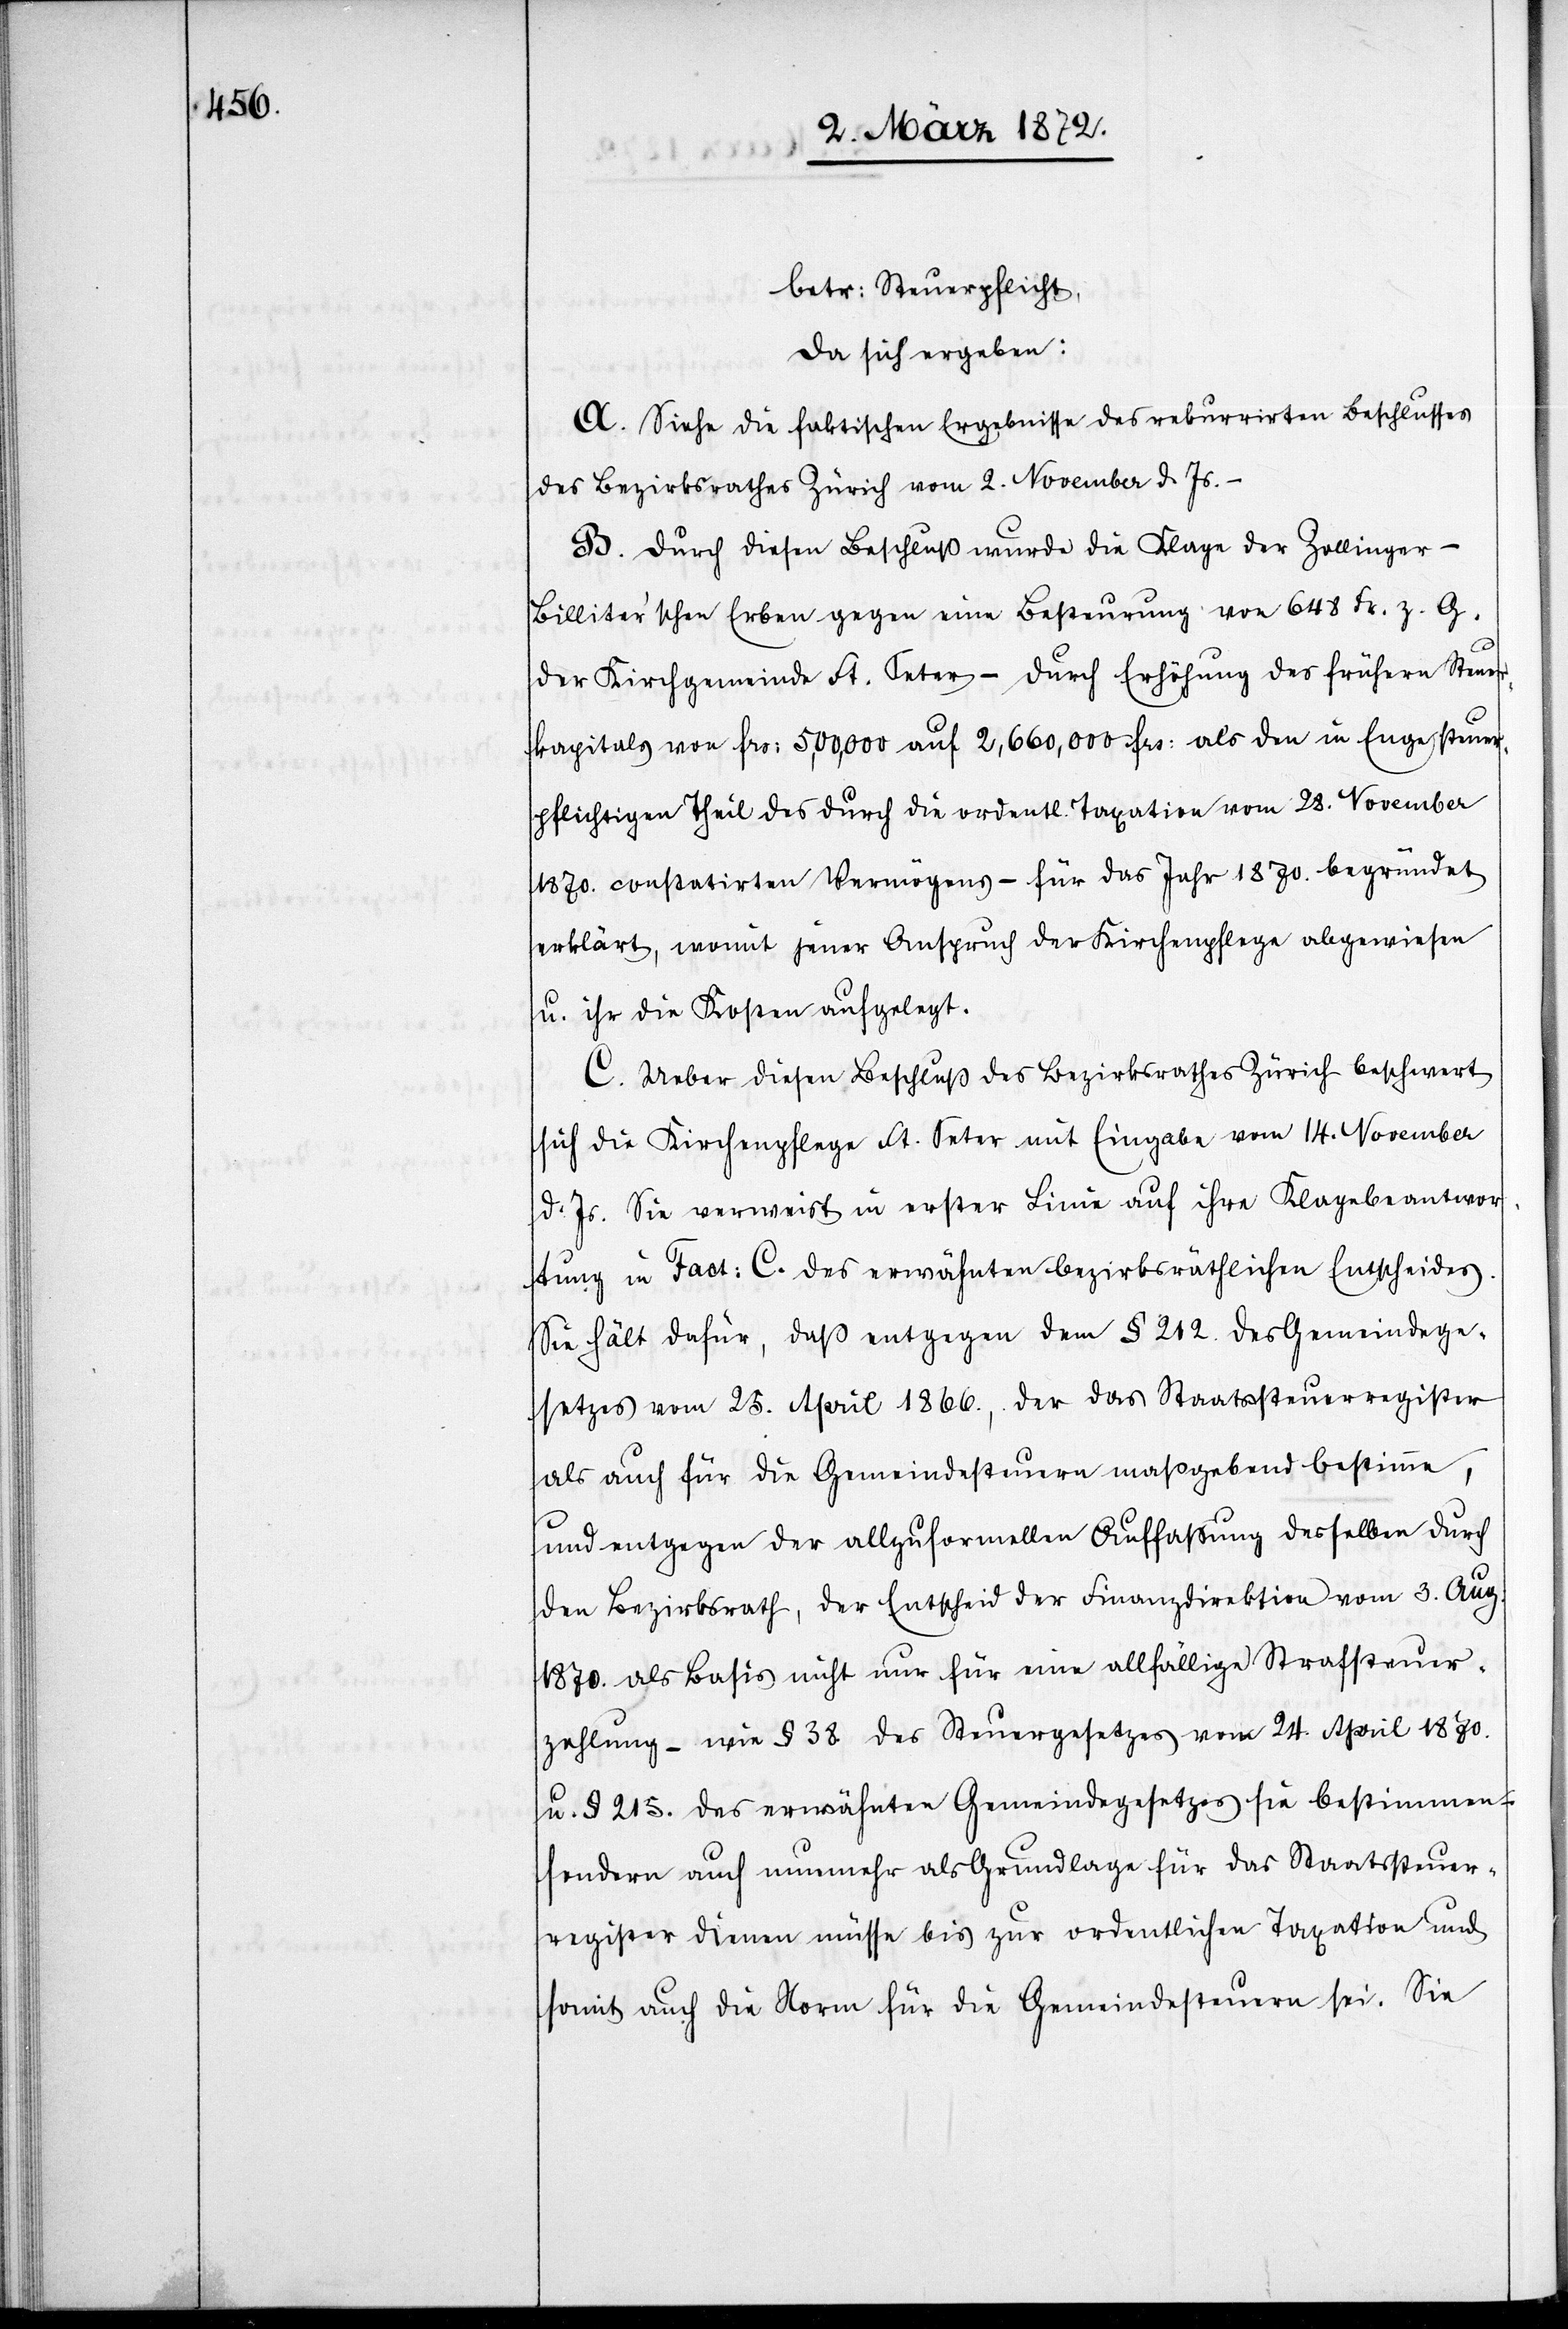
betr. Steuerpflicht,
da sich ergeben:
A. Siehe die faktischen Ergebnisse des rekurrirten Beschlusses
des Bezirksrathes Zürich vom 2. November d. Js. –
B. Durch diesen Beschluß wurde die Klage der Zollinger-B¬
illiter’schen Erben gegen eine Besteurung von 648 Fr. z. G.
der Kirchgemeinde St. Peter – durch Erhöhung des frühern Steuer¬
kapitals von frs: 5,00,000 [sic!] auf 2,660,000 frs: als den in Enge steuer¬
pflichtigen Theil des durch die ordentl. Taxation vom 28. November
1870. constatirten Vermögens – für das Jahr 1870. begründet
erklärt, womit jener Anspruch der Kirchenpflege abgewiesen
u. ihr die Kosten aufgelegt.
C. Ueber diesen Beschluß des Bezirksrathes Zürich beschwert
sich die Kirchenpflege St. Peter mit Eingabe vom 14. November
d. Js. Sie verweist in erster Linie auf ihre Klagebeantwor¬
tung in Fact. C. des erwähnten bezirksräthlichen Entscheides.
Sie hält dafür, daß entgegen den § 212. des Gemeindege¬
setzes vom 25. April 1866., der das Staatsteuerregister
als auch für die Gemeindesteuern maßgebend bestimme,
und entgegen der allzu formellen Auffassung desselben durch
den Bezirksrath, der Entscheid der Finanzdirektion vom 3. Aug.
1870. als Basis nicht nur für eine allfällige Strafsteuer¬
zahlung – wie § 38 des Steuergesetzes vom 24. April 1870.
u. § 215. des erwähnten Gemeindegesetzes sie bestimmen –
sondern auch nunmehr als Grundlage für das Staatssteuer¬
register dienen müsse bis zur ordentlichen Taxation und
somit auch die Norm für die Gemeindesteuern sei. Sie